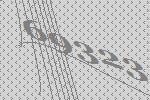
69323